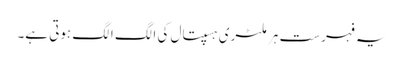
یہ فہرست ہر ملٹری ہسپتال کی الگ الگ ہوتی ہے۔